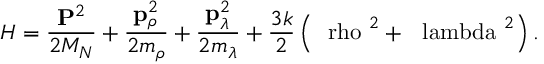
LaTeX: H = { \frac { { \bf P } ^ { 2 } } { 2 M _ { N } } } + { \frac { { \bf p } _ { \rho } ^ { 2 } } { 2 m _ { \rho } } } + { \frac { { \bf p } _ { \lambda } ^ { 2 } } { 2 m _ { \lambda } } } + { \frac { 3 k } { 2 } } \left( { \mathrm { \boldmath ~ \ r h o ~ } } ^ { 2 } + { \mathrm { \boldmath ~ \ l a m b d a ~ } } ^ { 2 } \right) .